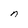
Character: n